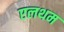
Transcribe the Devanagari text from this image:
एलथम